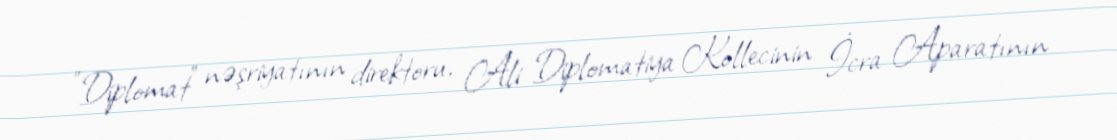
"Diplomat" nəşriyatının direktoru, Ali Diplomatiya Kollecinin İcra Aparatının